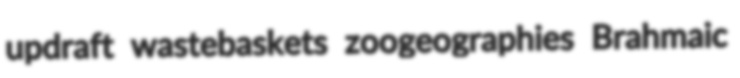
updraft wastebaskets zoogeographies Brahmaic